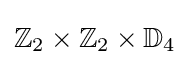
\mathbb {Z} _{2}\times \mathbb {Z} _{2}\times \mathbb {D} _{4}